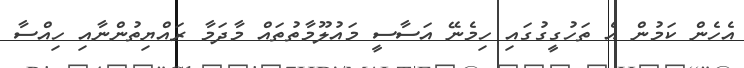
އެހެން ކަމުން އެ ތަހުގީގުގައި ހިމެނޭ އަސާސީ މައުލޫމާތުތައް މާދަމާ ރައްޔިތުންނާއި ހިއްސާ